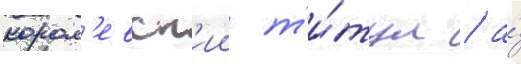
корол'евск'ии т'и́тул / а́